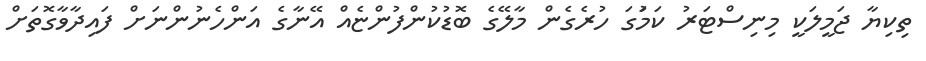
ތިކިޔާ ޖަމީލަކީ މިނިސްޓަރު ކަމަުގަ ހުރެގެން މާލޭގެ ބޮޑުކުންފުންޏެއް އޭނާގެ އަންހެނުންނަށް ފައިދާވާގޮތަށް